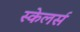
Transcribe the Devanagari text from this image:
स्केलर्स